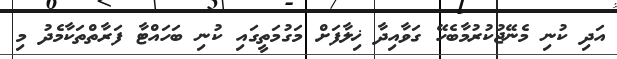
އަދި ކުނި މެނޭޖުކުރުމާބެހޭ ގަވާއިދާ ޚިލާފަށް މަގުމަތީގައި ކުނި ބަހައްޓާ ފަރާތްތަކާމެދު މި